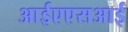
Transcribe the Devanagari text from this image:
आईएएसआई